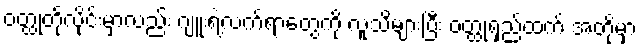
ဝတ္ထုတိုလိုင်းမှာလည်း ဂျူးရဲ့လက်ရာတွေကို လူသိများပြီး ဝတ္ထုရှည်ထက် အတိုမှာ